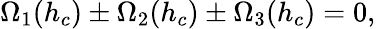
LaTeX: \Omega_{1}(h_{c})\pm\Omega_{2}(h_{c})\pm\Omega_{3}(h_{c})=0,